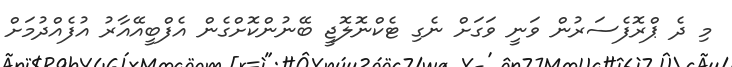
މި ދެ ޕްރޮފެސަރުން ވަނީ ވަގަށް ނެގި ޓެކްނޮލޮޖީ ބޭނުންކޮށްގެން އެފްބީއޭއާރު އުފެއްދުމަށް